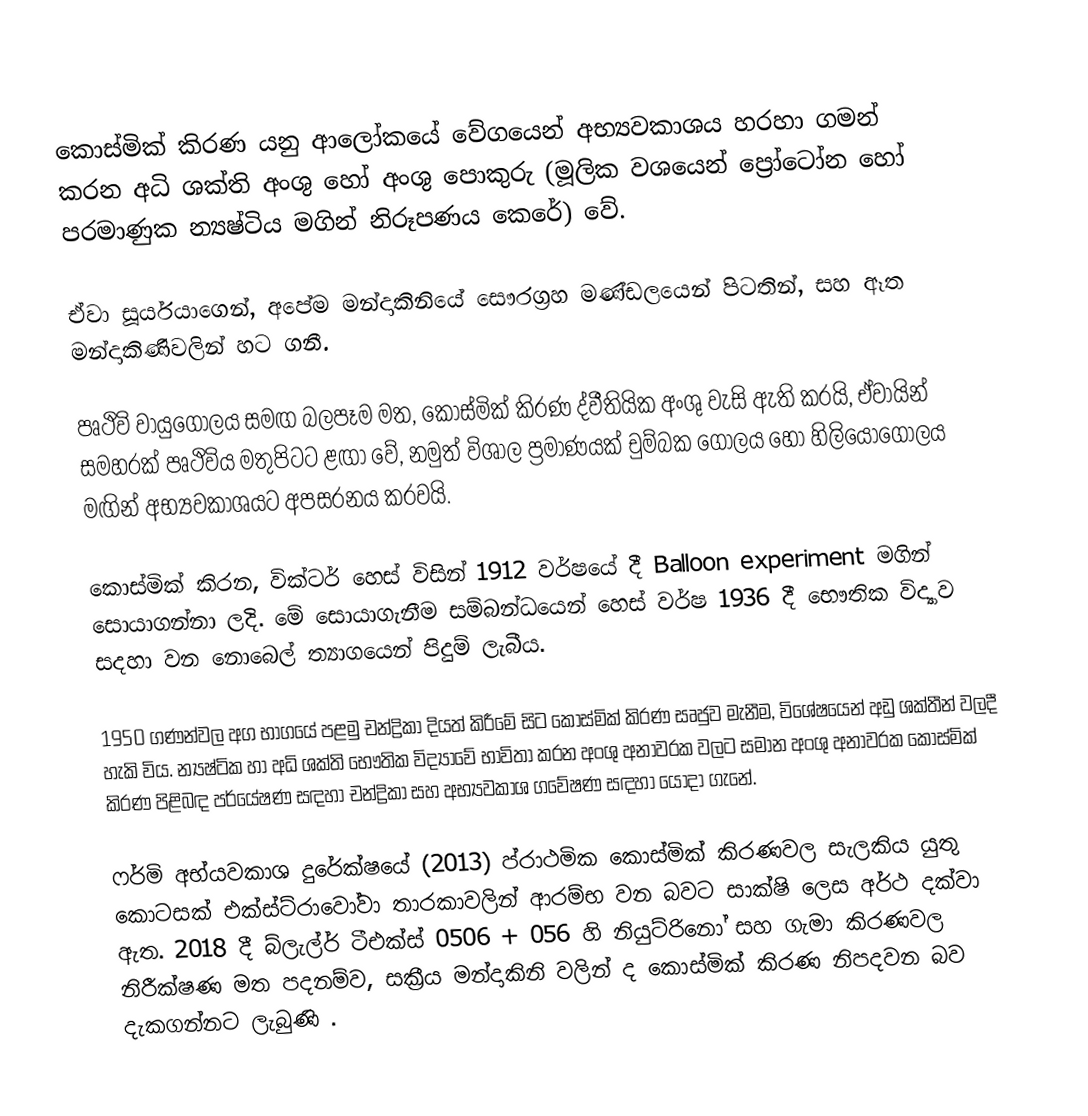
කොස්මික් කිරණ යනු ආලෝකයේ වේගයෙන් අභ්‍යවකාශය හරහා ගමන් කරන අධි ශක්ති අංශු හෝ අංශු පොකුරු (මූලික වශයෙන් ප්‍රෝටෝන හෝ පරමාණුක න්‍යෂ්ටිය මගින් නිරූපණය කෙරේ) වේ.

ඒවා සූර්යයාගෙන්, අපේම මන්දාකිනියේ සෞරග්‍රහ මණ්ඩලයෙන් පිටතින්, සහ ඈත මන්දාකිණිවලින් හට ගනී.

පෘථිවි වායුගෝලය සමඟ බලපෑම මත, කොස්මික් කිරණ ද්වීතියික අංශු වැසි ඇති කරයි, ඒවායින් සමහරක් පෘථිවිය  මතුපිටට ළඟා වේ, නමුත් විශාල ප්‍රමාණයක් චුම්බක ගෝලය හෝ හිලියෝගෝලය  මඟින් අභ්‍යවකාශයට  අපසරනය කරවයි.

කොස්මික් කිරන, වික්ටර් හෙස් විසින් 1912 වර්ෂයේ දී  Balloon  experiment මගින් සොයාගන්නා ලදි. මේ සොයාගැනීම  සම්බන්ධයෙන්  හෙස් වර්ෂ 1936 දී භෞතික විද්‍යාව සදහා වන නොබෙල් ත්‍යාගයෙන් පිදුම් ලැබීය.

1950 ගණන්වල අග භාගයේ පළමු චන්ද්‍රිකා දියත් කිරීමේ සිට කොස්මික් කිරණ සෘජුව මැනීම, විශේෂයෙන් අඩු ශක්තීන් වලදී හැකි විය. න්‍යෂ්ටික හා අධි ශක්ති භෞතික විද්‍යාවේ භාවිතා කරන අංශු අනාවරක වලට සමාන අංශු අනාවරක කොස්මික් කිරණ පිළිබඳ පර්යේෂණ සඳහා චන්ද්‍රිකා සහ අභ්‍යවකාශ ගවේෂණ සඳහා යොදා ගැනේ.

ෆර්මි අභ්යවකාශ දුරේක්ෂයේ (2013) ප්රාථමික කොස්මික් කිරණවල සැලකිය යුතු කොටසක් එක්ස්ට්රාවෝවා තාරකාවලින් ආරම්භ වන බවට සාක්ෂි ලෙස අර්ථ දක්වා ඇත. 2018 දී බ්ලැල්ර් ටීඑක්ස් 0506 + 056 හි නියුට්රිනෝ සහ ගැමා කිරණවල නිරීක්ෂණ මත පදනම්ව, සක්‍රීය මන්දාකිනි වලින් ද කොස්මික් කිරණ නිපදවන බව දැකගන්නට ලැබුණි .